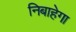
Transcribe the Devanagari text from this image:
निबाहेगा